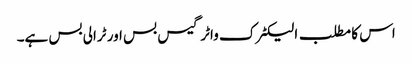
اس کا مطلب الیکٹرک واٹر گیس بس اور ٹرالی بس ہے۔